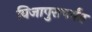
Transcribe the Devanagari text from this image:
विजापुरापर्यंत